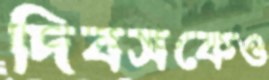
দিবসকেও